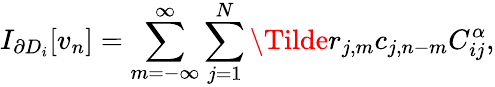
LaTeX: I_{\partial D_{i}}[v_{n}]=\sum_{m=-\infty}^{\infty}\sum_{j=1}^{N}\Tilde{r}_{j,m}c_{j,n-m}C_{ij}^{\alpha},